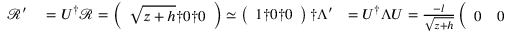
\begin{array} { r l r l } { \mathcal { R } ^ { \prime } } & { { } = U ^ { \dagger } \mathcal { R } = \left( \begin{array} { l } { \sqrt { z + h } \dag 0 \dag 0 } \end{array} \right) \simeq \left( \begin{array} { l } { 1 \dag 0 \dag 0 } \end{array} \right) \dag \Lambda ^ { \prime } } & { = U ^ { \dagger } \Lambda U = \frac { - l } { \sqrt { z + h } } \left( \begin{array} { l l l l l l l } { 0 } & { 0 } & { \sqrt { h } \dag 0 } & { 0 } & { \sqrt { z } \dag \sqrt { h } } & { \sqrt { z } } & { 0 } \end{array} \right) \dag } & { { } \simeq - l \left( \begin{array} { l l l l l l l } { 0 } & { 0 } & { \sqrt { h } \dag 0 } & { 0 } & { \sqrt { z } \dag \sqrt { h } } & { \sqrt { z } } & { 0 } \end{array} \right) \dag , , } \end{array}